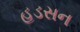
હડસન